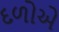
દળોએ